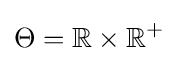
\Theta =\mathbb {R} \times \mathbb {R} ^{+}